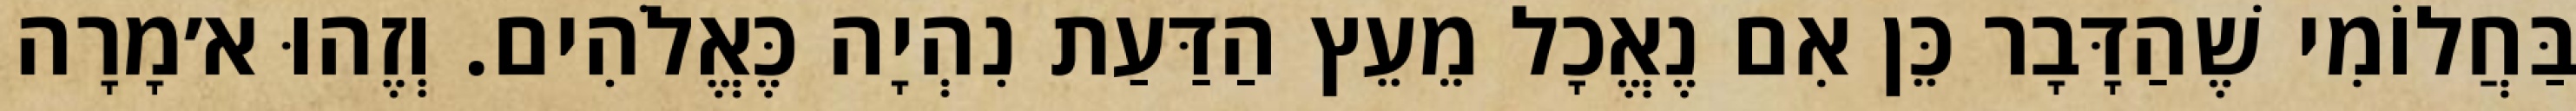
בַּחֲלוֹמִי שֶׁהַדָּבָר כֵּן אִם נֶאֱכָל מֵעֵץ הַדַּעַת נִהְיָה כֶּאֱלֹהִים. וְזֶהוּ א׳מָרָה